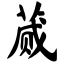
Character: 蒇